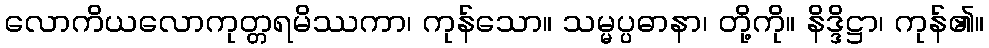
လောကိယလောကုတ္တရမိဿကာ၊ ကုန်သော။ သမ္မပ္ပဓာနာ၊ တို့ကို။ နိဒ္ဒိဋ္ဌာ၊ ကုန်၏။